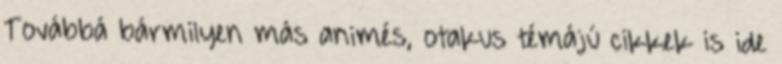
Továbbá bármilyen más animés, otakus témájú cikkek is ide